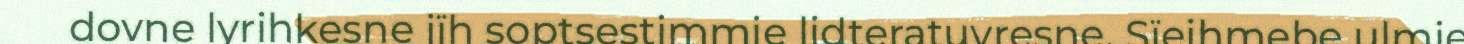
dovne lyrihkesne jïh soptsestimmie lidteratuvresne. Sïejhmebe ulmie